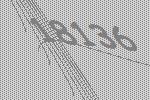
18136